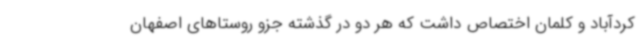
کردآباد و کلمان اختصاص داشت که هر دو در گذشته جزو روستاهای اصفهان